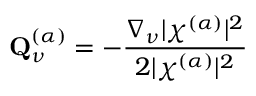
\mathbf { Q } _ { \nu } ^ { ( \alpha ) } = - \frac { \nabla _ { \nu } \vert \chi ^ { ( \alpha ) } \vert ^ { 2 } } { 2 \vert \chi ^ { ( \alpha ) } \vert ^ { 2 } }